画像に写った文字を読んでください
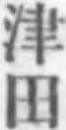
「津田」と書いてあります